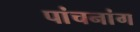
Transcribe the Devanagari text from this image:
पांचनांग